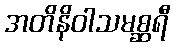
အတိနိဝါသမစ္ဆရီ